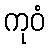
ကုဝံ